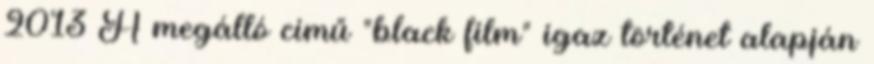
2013 A megálló című "black film" igaz történet alapján